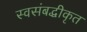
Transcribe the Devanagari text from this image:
स्वसंबद्धीकृत